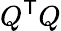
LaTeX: Q^{\textsf{T}}Q